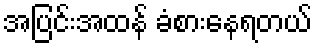
အပြင်းအထန် ခံစားနေရတယ်